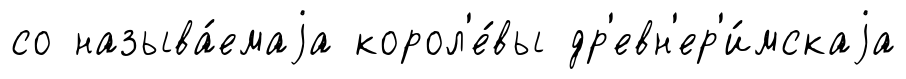
со называ́емаjа корол'е́вы др'евн'ер'и́мскаjа